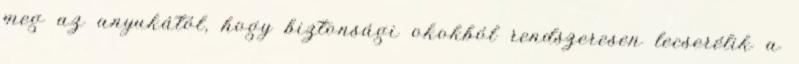
meg az anyukától, hogy biztonsági okokból rendszeresen lecserélik a